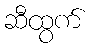
ဆီထွက်